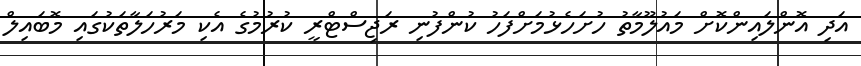
އަދި އޮންލައިންކޮށް މައުލޫމާތު ހުށަހެޅުމަށްފަހު ކުންފުނި ރަޖިސްޓްރީ ކުރުމުގެ އެކި މަރުހަލާތަކުގައި މޮބައިލް